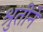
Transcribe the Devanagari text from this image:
श्रुतीने